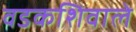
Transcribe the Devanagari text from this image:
वडकशिवाले